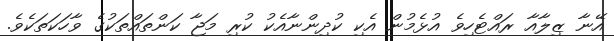
އޭނާ ޒިލާއާ ރައްޓެހިވެ އުޅެމުން އެކި ކުދިންނާއެކު ކުރި މަޖާ ކަންތައްތަކުގެ ވާހަކަތަކެވެ.